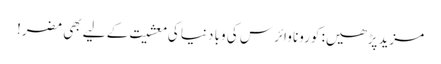
مزید پڑھیں: کورونا وائرس کی وبا دنیا کی معشیت کے لیے بھی مضر!